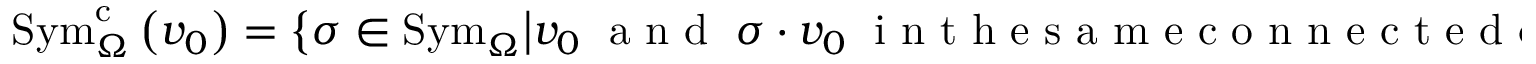
\mathrm { S y m } _ { \Omega } ^ { \mathrm { c } } \left( v _ { 0 } \right) = \left\{ \sigma \in \mathrm { S y m } _ { \Omega } \middle | v _ { 0 } \; \textnormal { a n d } \; \sigma \cdot v _ { 0 } \; \textnormal { i n t h e s a m e c o n n e c t e d c o m p o n e n t . } \right\} .